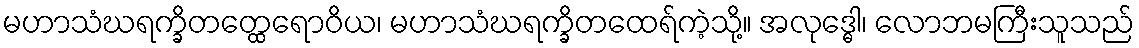
မဟာသံဃရက္ခိတတ္ထေရောဝိယ၊ မဟာသံဃရက္ခိတထေရ်ကဲ့သို့။ အလုဒ္ဓေါ၊ လောဘမကြီးသူသည်